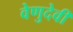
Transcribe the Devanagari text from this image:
वेणुदेवी